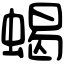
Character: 蝎